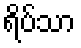
ရိပ်သာ